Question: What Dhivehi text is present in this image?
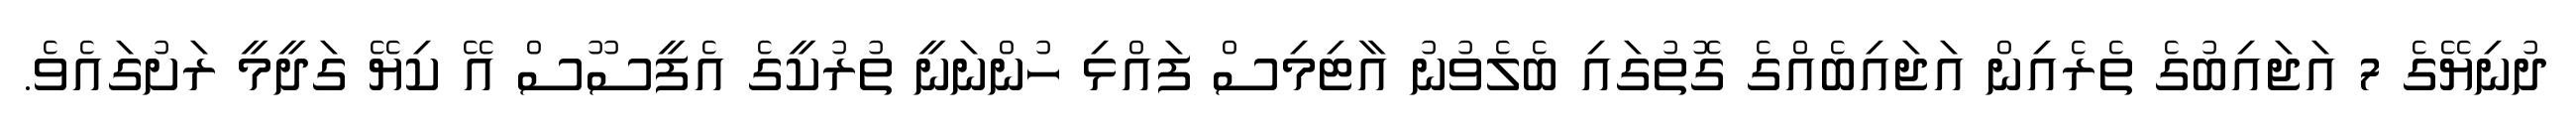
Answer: ދުނިޔޭގެ 7 އަޖައިބުގެ ތެރެއިން އަޖައިބެއްގެ ގޮތުގައި ބެލެވުނު އާޓިމިސް ފައްޅި ހުންނަނީ ތުރުކީގެ އެފީސޫސް އޭ ކިޔޭ ގަދީމީ ރަށުގައެވެ.